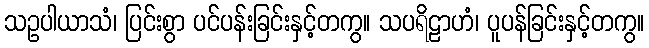
သဥပါယာသံ၊ ပြင်းစွာ ပင်ပန်းခြင်းနှင့်တကွ။ သပရိဠာဟံ၊ ပူပန်ခြင်းနှင့်တကွ။